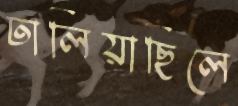
ঢালিয়াছিলে